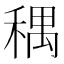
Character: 𫀽